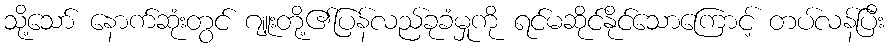
သို့သော် နောက်ဆုံးတွင် ဂျူးတို့၏ပြန်လည်ခုခံမှုကို ရင်မဆိုင်နိုင်သောကြောင့် တပ်လန်ပြီး